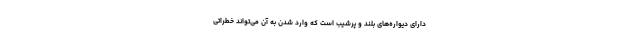
دارای دیواره‌های بلند و پرشیب است که وارد شدن به آن می‌تواند خطراتی